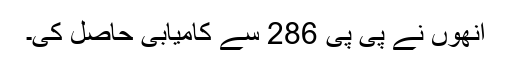
انھوں نے پی پی 286 سے کامیابی حاصل کی۔